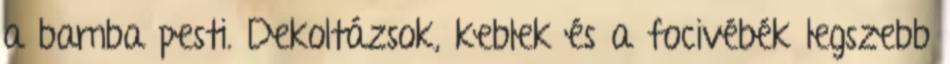
a bamba pesti. Dekoltázsok, keblek és a focivébék legszebb